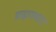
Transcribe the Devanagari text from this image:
ब्राह्मणवादा